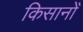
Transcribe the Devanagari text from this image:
किसानोँ